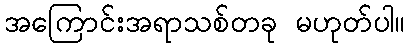
အကြောင်းအရာသစ်တခု မဟုတ်ပါ။